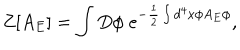
Z [ A _ { E } ] = \int D \phi \; e ^ { - \frac { 1 } { 2 } \int d ^ { 4 } x \phi A _ { E } \phi } ,